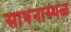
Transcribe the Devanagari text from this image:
साधनास्थळ